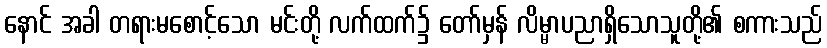
နောင် အခါ တရားမစောင့်သော မင်းတို့ လက်ထက်၌ တော်မှန် လိမ္မာပညာရှိသောသူတို့၏ စကားသည်